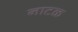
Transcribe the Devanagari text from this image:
नाटळ